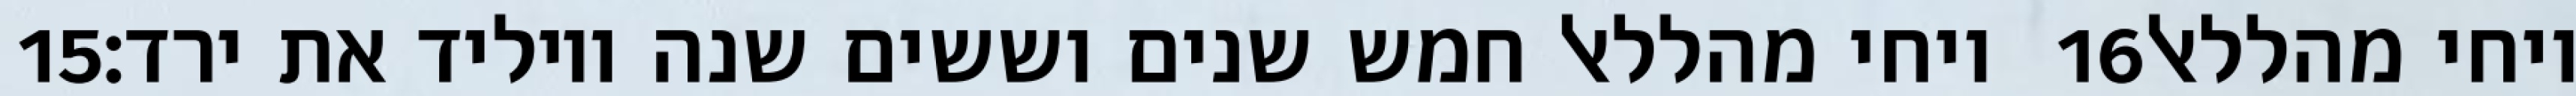
‎15‏ ויחי מהללאל חמש שנים וששים שנה ויוליד את ירד׃ ‎16‏ ויחי מהללאל